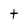
Character: t